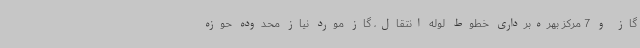
گاز و 7 مرکز بهره‌برداری خطوط لوله انتقال، گاز مورد نیاز محدوده‌ حوزه